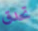
تحدق